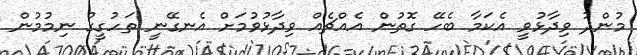
މުންދު ވިދާޅުވީ އެކަމާ ބެހޭ ގޮތުން އެއްޗެއް ވިދާޅުވުމަށް އެނގޭނީ ތަހުގީގު ނިމުމުން